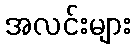
အလင်းများ